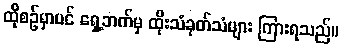
ထိုစဉ်မှာပင် ရှေ့ဘက်မှ ထိုးသံခုတ်သံများ ကြားရသည်။